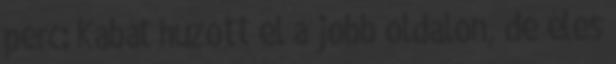
perc: Kabát húzott el a jobb oldalon, de éles